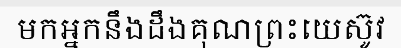
មកអ្នកនឹងដឹងគុណព្រះយេស៊ូវ